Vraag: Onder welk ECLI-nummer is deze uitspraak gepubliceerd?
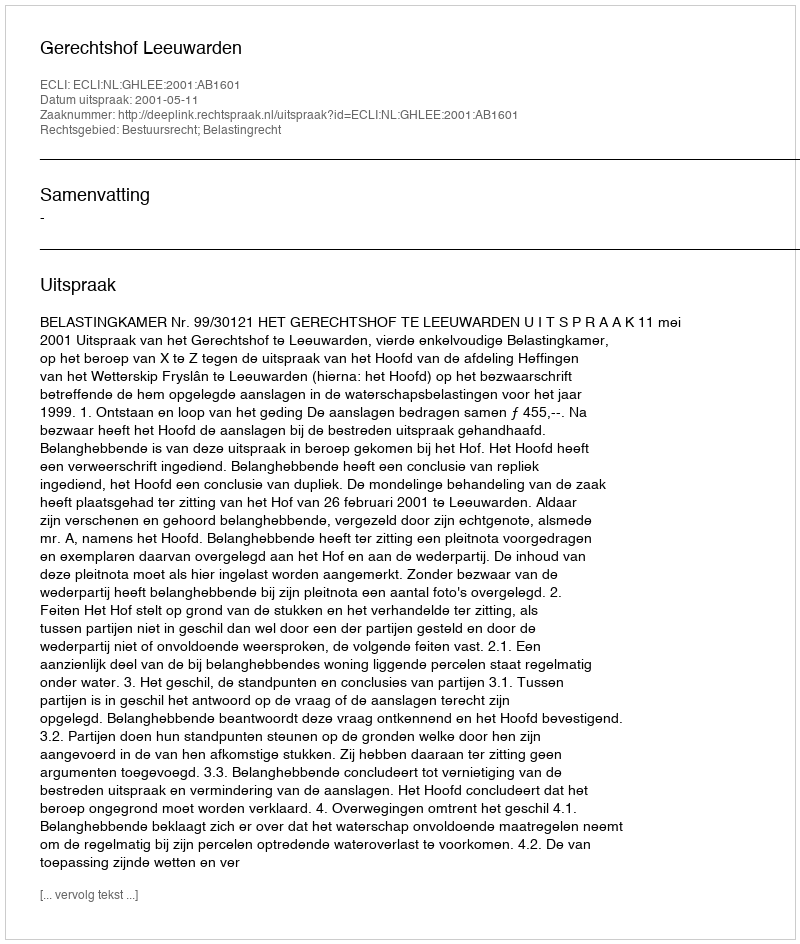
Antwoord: ECLI:NL:GHLEE:2001:AB1601